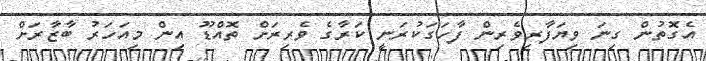
އެގޮތުން ގިނަ ވިޔަފާރިވެރިން ފާހަގަކުރަނީ ކަރާގެ ވެރިރަށް ތޮއްޑޫ އިން މިއަހަރު ބާޒާރަށް